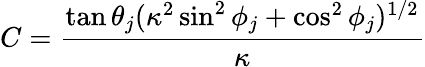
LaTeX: C=\frac{\tan\theta_{j}(\kappa^{2}\sin^{2}\phi_{j}+\cos^{2}\phi_{j})^{1/2}}{\kappa}